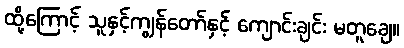
ထို့ကြောင့် သူနှင့်ကျွန်တော်နှင့် ကျောင်းချင်း မတူချေ။